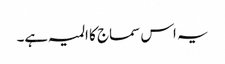
یہ اس سماج کا المیہ ہے۔